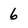
Character: 6